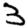
Digit: 3